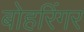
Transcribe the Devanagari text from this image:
बोहरिंगर